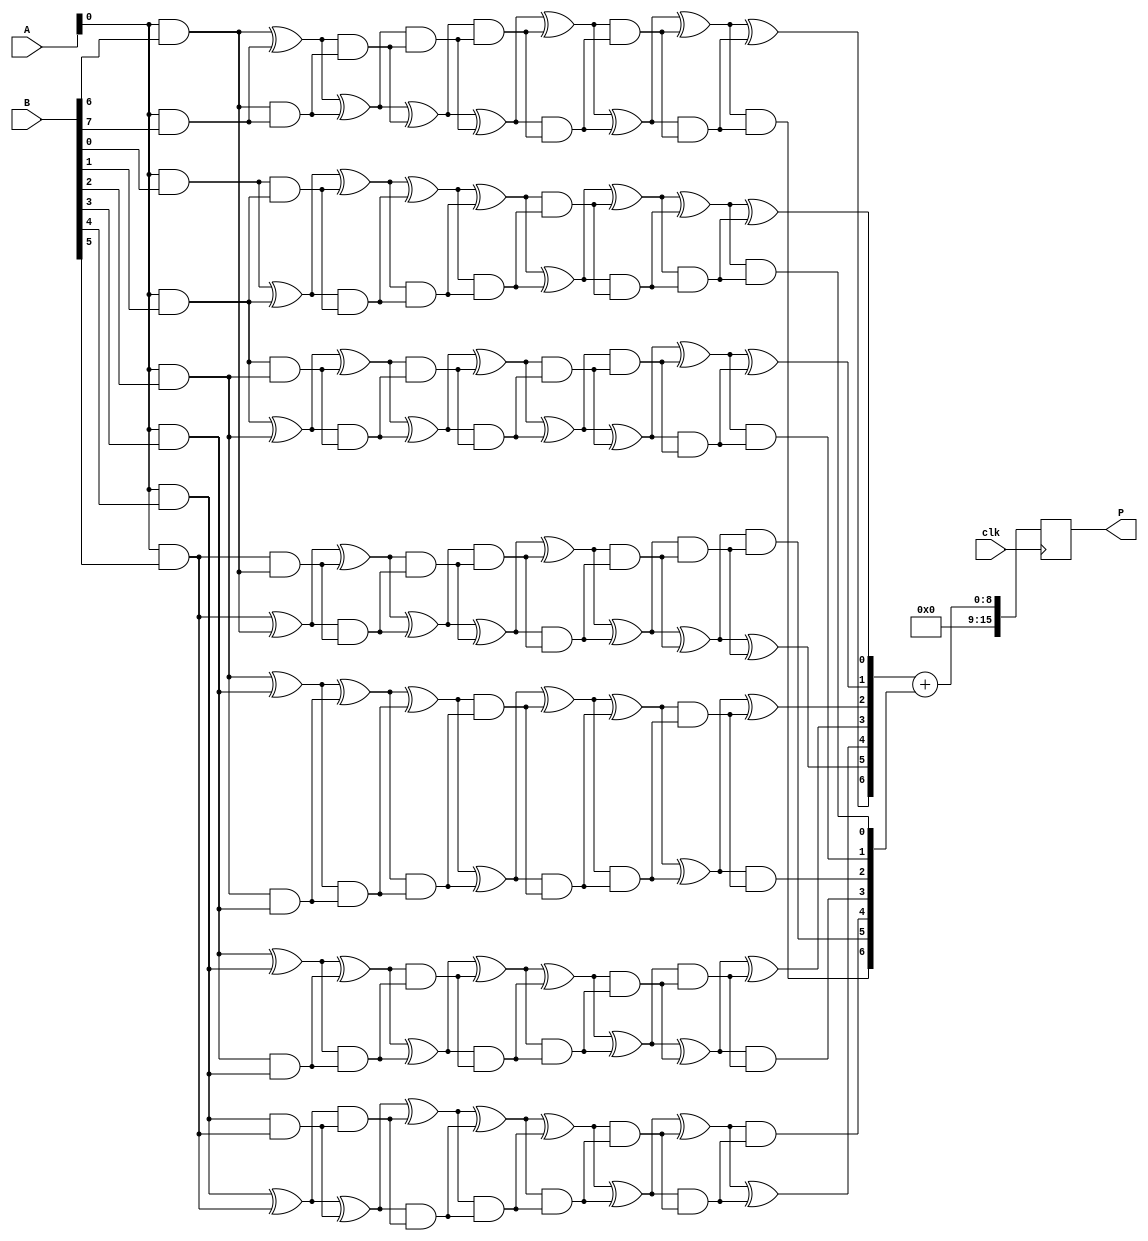
module scalable_wallace_tree_multiplier #(parameter N = 8) (
    input  wire [N-1:0] A,       // First operand
    input  wire [N-1:0] B,       // Second operand
    input  wire clk,              // Clock signal
    output reg [2*N-1:0] P       // Product output
);

    // Intermediate signals for partial products
    wire [N-1:0] partial_products [0:N-1];

    // Generate partial products
    genvar i, j;
    generate
        for (i = 0; i < N; i = i + 1) begin : pp_gen
            assign partial_products[i] = A & {N{B[i]}};
        end
    endgenerate

    // Carry-Save Adder (CSA) structure
    wire [N-1:0] sum [0:N-1];
    wire [N-1:0] carry [0:N-1];

    // Initial stage of CSA
    generate
        for (i = 0; i < N-1; i = i + 1) begin : csa_stage1
            if (i < N-1) begin
                assign sum[0][i] = partial_products[i][0] ^ partial_products[i+1][0];
                assign carry[0][i] = partial_products[i][0] & partial_products[i+1][0];
            end
        end
    endgenerate

    // Subsequent CSA stages
    genvar stage;
    for (stage = 1; stage < N; stage = stage + 1) begin : csa_stages
        generate
            for (i = 0; i < N-1; i = i + 1) begin : csa
                if (i < N-1) begin
                    assign sum[stage][i] = sum[stage-1][i] ^ carry[stage-1][i];
                    assign carry[stage][i] = sum[stage-1][i] & carry[stage-1][i];
                end
            end
        endgenerate
    end

    // Final addition using a simple adder
    wire [2*N-1:0] final_sum;
    wire [2*N-1:0] final_carry;

    assign final_sum = {1'b0, sum[N-1]} + {1'b0, carry[N-1]};

    // Register the final product output
    always @(posedge clk) begin
        P <= final_sum; // Capture the final product on clock edge
    end

endmodule